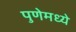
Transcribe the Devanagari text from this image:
पुणेमध्ये